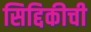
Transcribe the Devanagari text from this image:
सिद्दिकीची